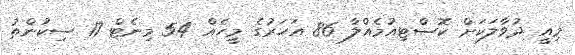
މިއީ ދުވާލަކަށް ކޮސްޓިއުމެއްލާ 86 އަހަރުގެ މީހެއް 54 މިނެޓް 17 ސިކުންތު